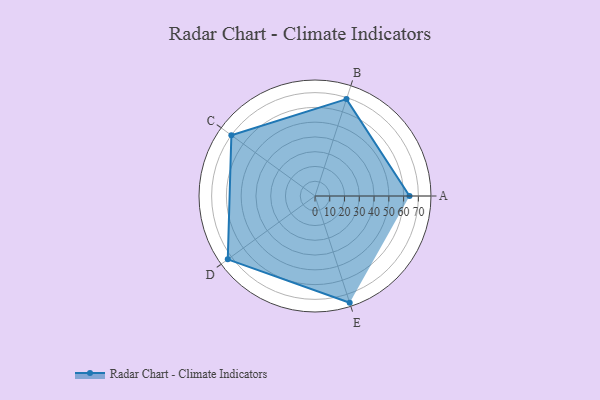
{"axis": {"x": "Skill", "y": "Score"}, "legend": ["Profile"], "data": [{"x": "A", "y": 64.0, "type": "Profile"}, {"x": "B", "y": 69.0, "type": "Profile"}, {"x": "C", "y": 70.0, "type": "Profile"}, {"x": "D", "y": 73.0, "type": "Profile"}, {"x": "E", "y": 76.0, "type": "Profile"}]}